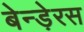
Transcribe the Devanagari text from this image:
बेन्ड़ेरस